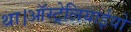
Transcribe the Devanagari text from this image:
था।ऑस्ट्रेलियाईयो